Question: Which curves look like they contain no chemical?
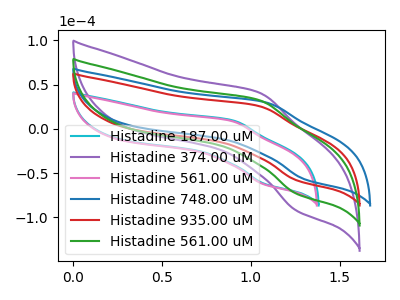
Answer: <think>The cyan curve "Histadine 187.00 uM" has an anodic peak at (0.90V, 9.65uA) and a cathodic peak at (1.10V, -62.05uA). The purple curve "Histadine 374.00 uM" has an anodic peak at (1.05V, 64.80uA) and a cathodic peak at (1.25V, -146.25uA). The pink curve "Histadine 561.00 uM" has an anodic peak at (0.90V, 8.95uA) and a cathodic peak at (1.05V, -62.25uA). The blue curve "Histadine 748.00 uM" has an anodic peak at (1.10V, 29.80uA) and a cathodic peak at (1.30V, -56.95uA). The red curve "Histadine 935.00 uM" has an anodic peak at (1.05V, 25.70uA) and a cathodic peak at (1.25V, -58.00uA). The green curve "Histadine 561.00 uM" has an anodic peak at (1.05V, 32.40uA) and a cathodic peak at (1.25V, -73.15uA).</think>
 <answer>There are not any CV's on this graph that are likely to be blanks.</answer>
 <eval>none</eval>